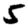
Digit: 5